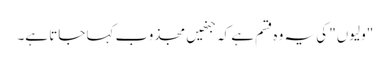
"ولیوں" کی یہ وہ قسم ہے کہ جنھیں مجذوب کہا جاتا ہے۔